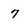
Character: 7